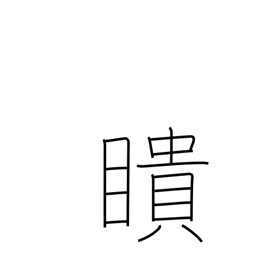
Meaning: see everything